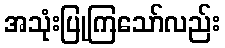
အသုံးပြုကြသော်လည်း